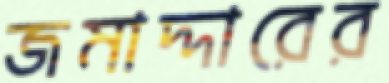
জমাদ্দারের